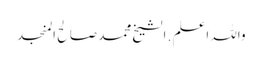
واللہ اعلم . الشیخ محمد صالح المنجد